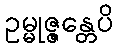
ဥမ္မုဇ္ဇန္တေပိ